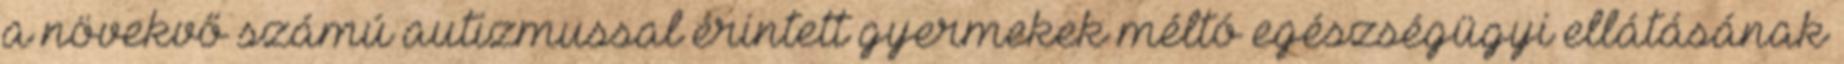
a növekvő számú autizmussal érintett gyermekek méltó egészségügyi ellátásának